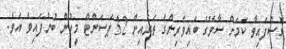
ގޮސްފައިވާ ކަމަށް ސާވޭގެ ބައިވެރިންގެ ތެރެއިން 32 ޕަސަންޓް މީހުން ބުނެފައިވެ އެވެ.